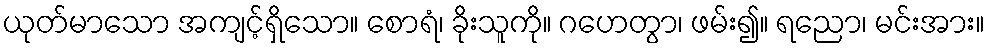
ယုတ်မာသော အကျင့်ရှိသော။ စောရံ၊ ခိုးသူကို။ ဂဟေတွာ၊ ဖမ်း၍။ ရညော၊ မင်းအား။